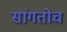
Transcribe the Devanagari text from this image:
सांगतोच